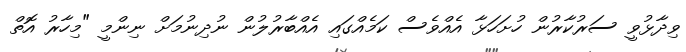
ވިދާޅުވީ ސަރުކާރުން ހުށަހަޅާ އެއްވެސް ކަމެއްގައި އެއްބާރުލުން ނުދިނުމަށް ނިންމީ "މިހާރު އޮތް